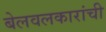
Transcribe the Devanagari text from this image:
बेलवलकारांची